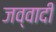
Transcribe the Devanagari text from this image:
जव्वादी